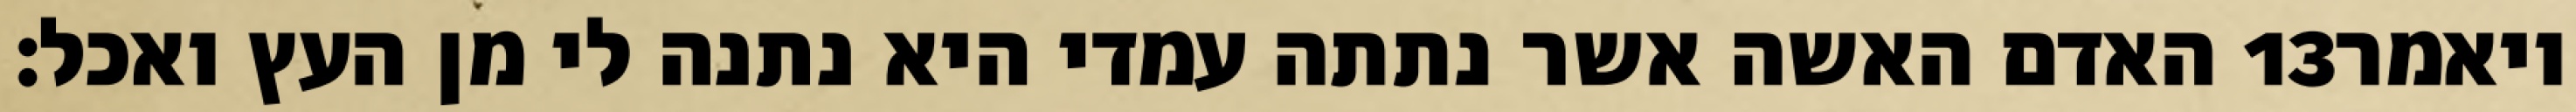
האדם האשה אשר נתתה עמדי היא נתנה לי מן העץ ואכל׃ ‎13‏ ויאמר